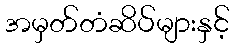
အမှတ်တံဆိပ်များနှင့်